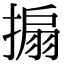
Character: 搧